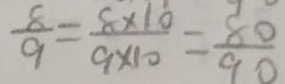
\frac { 8 } { 9 } = \frac { 8 \times 1 0 } { 9 \times 1 0 } = \frac { 8 0 } { 9 0 }